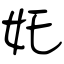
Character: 奼